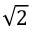
\sqrt { 2 }